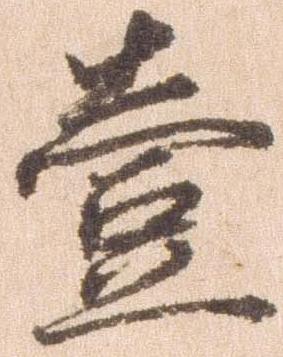
壱